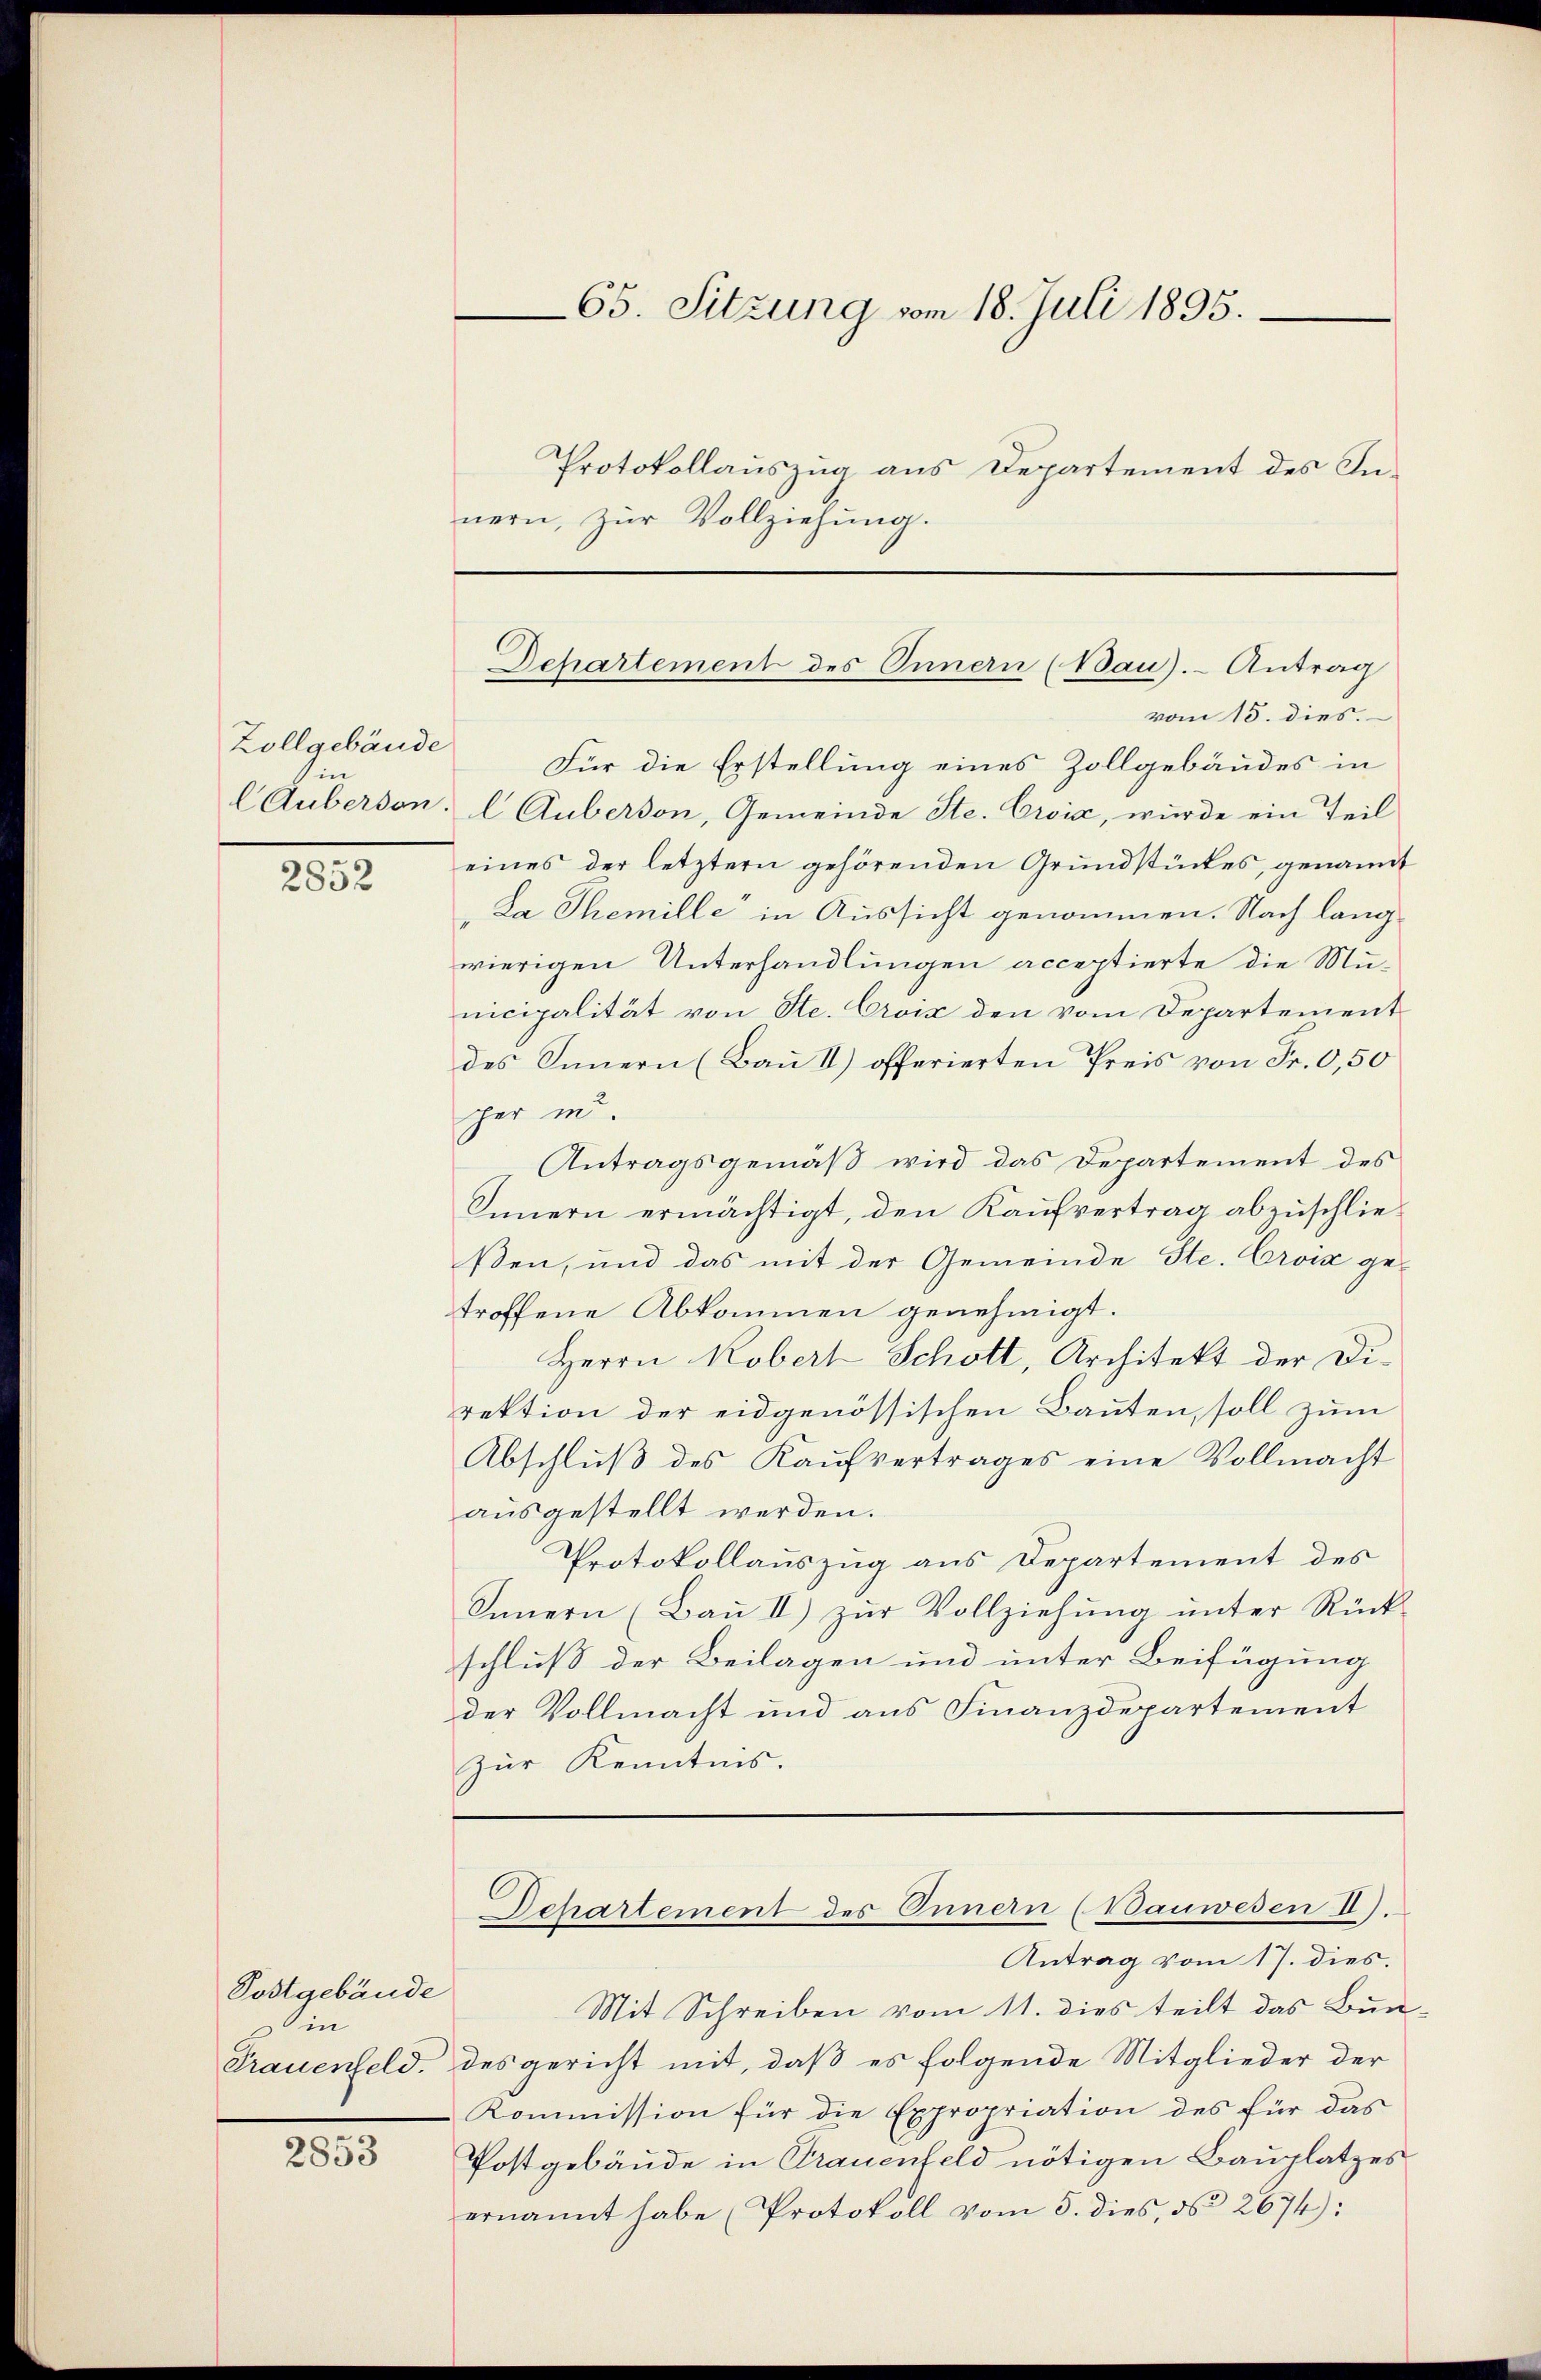
Zollgebäude
in

2852

Postgebäude
in
Frauenfeld.

2853

Protokollauszug aus Departement des Innern, zur Vollziehung.

vom 15. dies.
Für die Erstellung eines Zollgebäudes in
CAuberson; l Auberson, Gemeinde Ste. Croix, wurde ein Teil
eines der letztern gehörenden Grundstückes, genannt
La Themille in Aussicht genommen. Nach langwierigen Unterhandlungen acceptierte die Mu-
nicipalität von Ste. Croix den vom Departement
des Innern (Bau II) offerierten Preis von Fr. 0,50
ger in
Antragsgemäß wird das Departement des
Innern ermächtigt, den Kaufvertrag abzuschließen, und das mit der Gemeinde Ste. Croix ge-
troffene Abkommen genehmigt.
Herrn Kobert Schott, Architekt der Di-
rektion der eidgenössischen Bauten, soll zum
Abschlŭβ des Kaŭfvertrages eine Vollmacht
ausgestellt werden.
Protokollauszug aus Departement des
Innern (Baŭ II) zŭr Vollziehŭng ŭnter Rück-
schluß der Beilagen und unter Beifügung
der Vollmacht und aus Finanzdepartement
zur Kenntnis.

65. Sitzung vom 18. Juli 1895.

Departement des Innern (Bau).- Antrag

Antrag vom 17. dies.
Mit Schreiben vom 11. dies teilt das Bundes gericht mit, daß es folgende Mitglieder der
Kommission für die Expropriation des für das
Postgebäude in Grauenfeld nötigen Bauplatzes
ernannt habe (Protokoll vom 5. dies, d. 2674):

Departement des Innern (Bauwesen II).